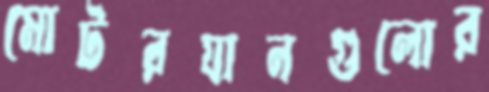
মোটরযানগুলোর